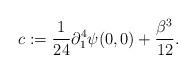
LaTeX: \begin{align*}c := \frac{1}{24} \partial_1^4 \psi(0,0) + \frac{\beta^3}{12}.\end{align*}